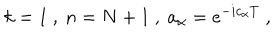
k = 1 \ , \ n = N + 1 \ , \ a _ { \alpha } = e ^ { - i c _ { \alpha } T } \ ,